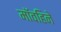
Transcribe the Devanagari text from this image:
मॉवहिने